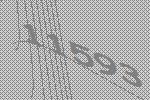
11593